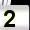
Digit: 2